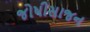
જોષીસાજન